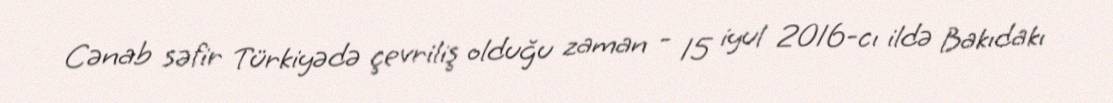
Cənab səfir Türkiyədə çevriliş olduğu zaman - 15 iyul 2016-cı ildə Bakıdakı